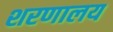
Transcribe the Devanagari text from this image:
शरणालय